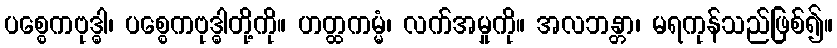
ပစ္စေကဗုဒ္ဓါ၊ ပစ္စေကဗုဒ္ဓါတို့ကို။ ဟတ္ထကမ္မံ၊ လက်အမှုကို။ အလဘန္တာ၊ မရကုန်သည်ဖြစ်၍။